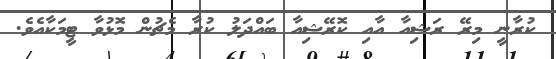
ކުރާނީ މިރޭ ރަޝިއާ އާއި ކޮރޭޝިއާ ބައްދަލު ކުރާ މެޗުން މޮޅުވާ ޓީމަކާއެވެ.